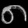
Digit: ၈